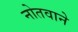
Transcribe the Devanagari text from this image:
नोतवाने